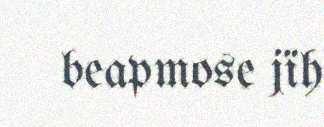
beapmose jïh